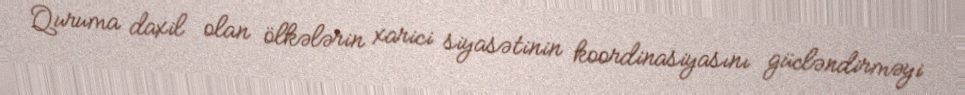
Quruma daxil olan ölkələrin xarici siyasətinin koordinasiyasını gücləndirməyi